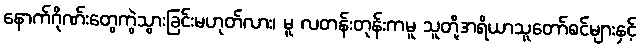
နောက်ဂိုဏ်းတွေကွဲသွားခြင်းမဟုတ်လား၊ မူ လတန်းတုန်းကမူ သူတို့အရိယာသူတော်စင်များနှင့်